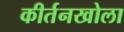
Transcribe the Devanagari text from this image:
कीर्तनखोला